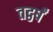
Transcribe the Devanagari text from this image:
तद्वर्षं